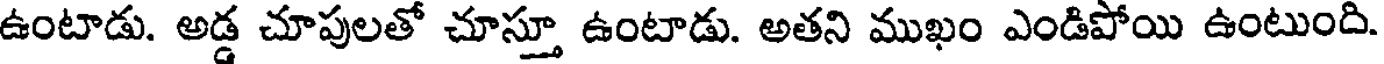
ఉంటాడు. అడ్డ చూపులతో చూస్తూ ఉంటాడు. అతని ముఖం ఎండిపోయి ఉంటుంది